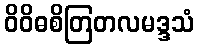
ဝိဝိဓစိတြတလမဒ္ဒသံ